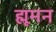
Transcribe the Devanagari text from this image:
ह्मूमन